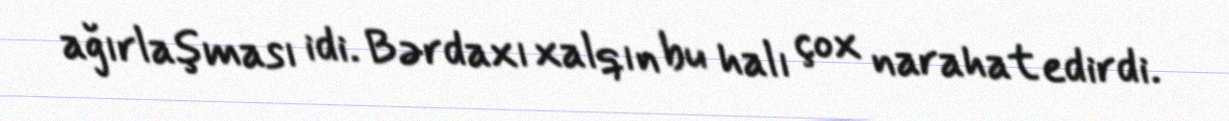
ağırlaşması idi. Bərdaxı xalqın bu halı çox narahat edirdi.